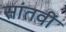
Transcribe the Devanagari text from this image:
सांतवीं